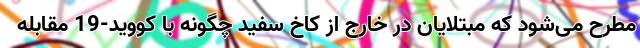
مطرح می‌شود که مبتلایان در خارج از کاخ سفید چگونه با کووید-19 مقابله